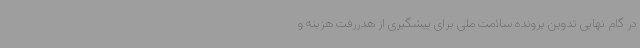
در گام نهایی تدوین پرونده سلامت ملی برای پیشگیری از هدررفت هزینه و